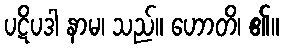
ပဋိပဒါ နာမ၊ သည်။ ဟောတိ၊ ၏။